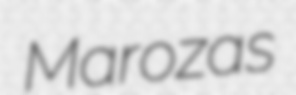
Marozas